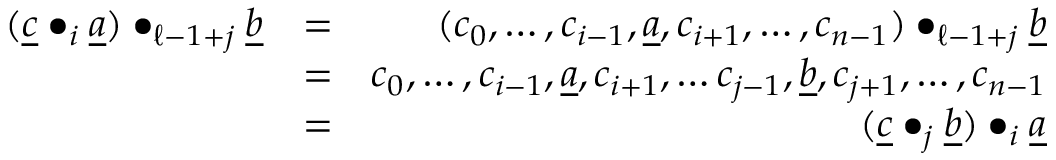
\begin{array} { r l r } { ( \underline { c } \bullet _ { i } \underline { a } ) \bullet _ { \ell - 1 + j } \underline { b } } & { = } & { ( c _ { 0 } , \ldots , c _ { i - 1 } , \underline { a } , c _ { i + 1 } , \ldots , c _ { n - 1 } ) \bullet _ { \ell - 1 + j } \underline { b } } \\ & { = } & { c _ { 0 } , \ldots , c _ { i - 1 } , \underline { a } , c _ { i + 1 } , \ldots c _ { j - 1 } , \underline { b } , c _ { j + 1 } , \ldots , c _ { n - 1 } } \\ & { = } & { ( \underline { c } \bullet _ { j } \underline { b } ) \bullet _ { i } \underline { a } } \end{array}